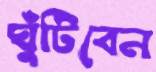
ঘুঁটিবেন